Lunatic asylums Central Provinces reports 1895-1909 - 1895-1909
Year: 1895
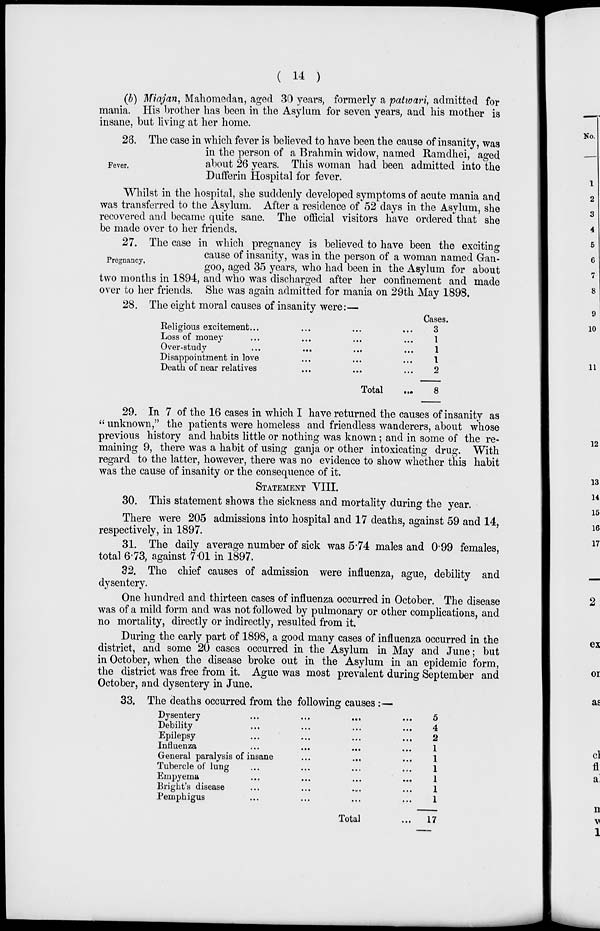
( 14 )
(b) Miajan, Mahomedan, aged 30 years, formerly a patwari, admitted for
mania. His brother has been in the Asylum for seven years, and his mother is
insane, but living at her home.
Fever.
28. The case in which fever is believed to have been the cause of insanity, was
in the person of a Brahmin widow, named Ramdhei, aged
about 26 years. This woman had been admitted into the
Dufferin Hospital for fever.
Whilst in the hospital, she suddenly developed symptoms of acute mania and
was transferred to the Asylum. After a residence of 52 days in the Asylum, she
recovered and became quite sane. The official visitors have ordered that she
be made over to her friends.
Pregnancy.
27. The case in which pregnancy is believed to have been the exciting
cause of insanity, was in the person of a woman named Gan-
goo, aged 35 years, who had been in the Asylum for about
two months in 1894, and who was discharged after her confinement and made
over to her friends. She was again admitted for mania on 29th May 1898.
28. The eight moral causes of insanity were:—
Religious excitement...
...
...
...
Loss of money
...
...
...
...
Over-study
...
...
...
...
Disappointment in love
...
...
...
...
Death of near relatives
...
...
...
...
Total
...
Cases.
3
1
1
1
2
8
29. In 7 of the 16 cases in which I have returned the causes of insanity as
" unknown," the patients were homeless and friendless wanderers, about whose
previous history and habits little or nothing was known; and in some of the re-
maining 9, there was a habit of using ganja or other intoxicating drug. With
regard to the latter, however, there was no evidence to show whether this habit
was the cause of insanity or the consequence of it.
STATEMENT VIII.
30. This statement shows the sickness and mortality during the year.
There were 205 admissions into hospital and 17 deaths, against 59 and 14,
respectively, in 1897.
31. The daily average number of sick was 5.74 males and 0.99 females,
total 6.73, against 7.01 in 1897.
32. The chief causes of admission were influenza, ague, debility and
dysentery.
One hundred and thirteen cases of influenza occurred in October. The disease
was of a mild form and was not followed by pulmonary or other complications, and
no mortality, directly or indirectly, resulted from it.
During the early part of 1898, a good many cases of influenza occurred in the
district, and some 20 cases occurred in the Asylum in May and June; but
in October, when the disease broke out in the Asylum in an epidemic form,
the district was free from it. Ague was most prevalent during September and
October, and dysentery in June.
33. The deaths occurred from the following causes :—
Dysentery ... ... ... ...
Debility ... ... ... ...
Epilepsy ... ... ... ...
Influenza
...
...
...
...
General paralysis of insane ... ...
Tubercle of lung ... ... ... ...
Empyema ... ... ... ...
Bright's disease ... ... ... ...
Pemphigus ... ... ... ...
Total ...
5
4
2
1
1
1
1
1
1
17